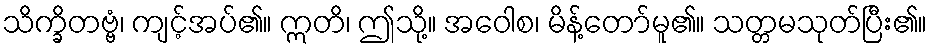
သိက္ခိတဗ္ဗံ၊ ကျင့်အပ်၏။ ဣတိ၊ ဤသို့။ အဝေါစ၊ မိန့်တော်မူ၏။ သတ္တမသုတ်ပြီး၏။